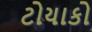
ટોયાકો